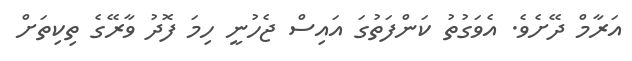
އަރާމް ދޭށެވެ. އެވަގުތު ކަންފަތުގަ އައިސް ޖެހުނީ ހިމަ ފޮދު ވާރޭގެ ތިކިތަށް